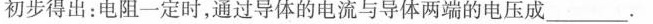
初步得出：电阻一定时，通过导体的电流与导体两端的电压成_____